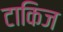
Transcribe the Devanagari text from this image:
टाकिज